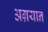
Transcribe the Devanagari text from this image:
अग्रयान